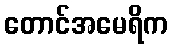
တောင်အမေရိက